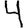
Digit: 4